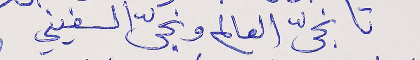
تا نجّى العالم ونجّى السفيني